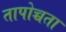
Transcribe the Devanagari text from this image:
तापोच्चता